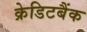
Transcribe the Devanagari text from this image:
क्रेडिटबैंक